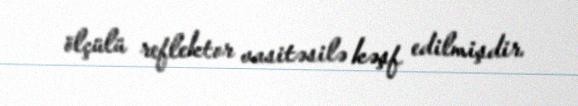
ölçülü reflektor vasitəsilə kəşf edilmişdir.